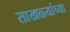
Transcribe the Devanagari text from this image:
साखळ्यांच्या